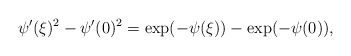
\begin{align*}\psi'(\xi)^2-\psi'(0)^2=\exp(-\psi(\xi))-\exp(-\psi(0)),\end{align*}